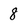
Character: 8